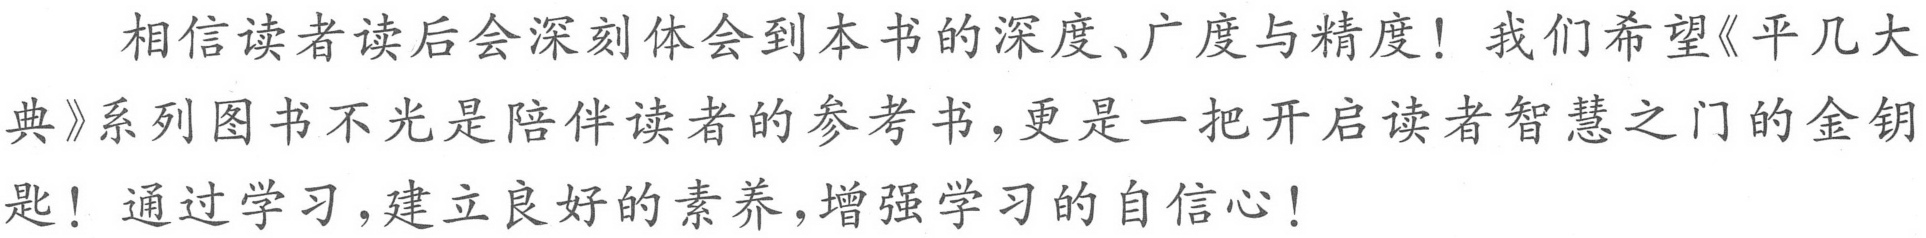
相信读者读后会深刻体会到本书的深度、广度与精度！我们希望《平几大典》系列图书不光是陪伴读者的参考书，更是一把开启读者智慧之门的金钥匙！通过学习，建立良好的素养，增强学习的自信心！